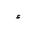
Letter: _hamza